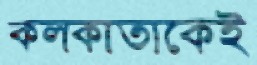
কলকাতাকেই